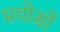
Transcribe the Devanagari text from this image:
प्रयोसों